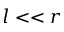
l < < r